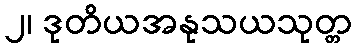
၂၊ ဒုတိယအနုသယသုတ္တ